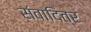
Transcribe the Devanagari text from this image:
संवादित्र